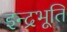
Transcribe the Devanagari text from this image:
इन्द्रभूति